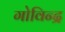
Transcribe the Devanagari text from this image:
गोविन्द्र